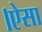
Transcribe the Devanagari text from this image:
।ऐसा